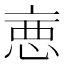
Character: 𢛫